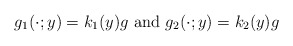
\begin{align*}g_1(\cdot;y)=k_1(y) g \mbox{ and } g_2(\cdot;y)=k_2(y) g\end{align*}